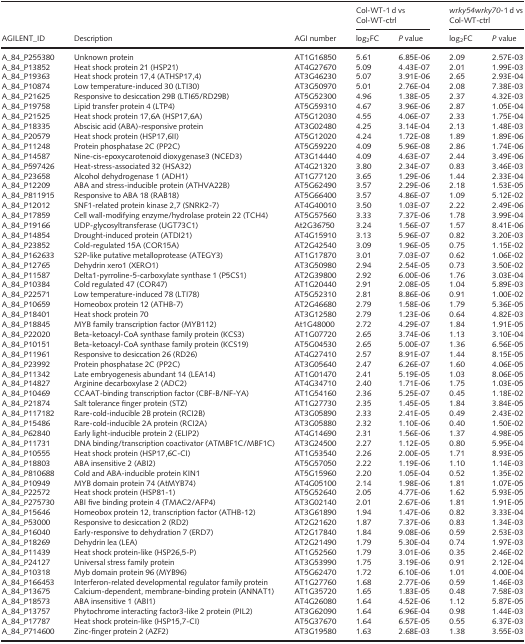
<table><thead><tr><td rowspan="2"><b>AGILENT_ID</b></td><td rowspan="2"><b>Description</b></td><td rowspan="2"><b>AGI number</b></td><td colspan="2"><b>Col-WT-1 d vs Col-WT-ctrl</b></td><td colspan="2"><b><i>wrky54wrky70</i>-1 d vs Col-WT-ctrl</b></td></tr><tr><td><b>log<sub>2</sub>FC</b></td><td><b><i>P</i> value</b></td><td><b>log<sub>2</sub>FC</b></td><td><b><i>P</i> value</b></td></tr></thead><tbody><tr><td>A_84_P255380</td><td>Unknown protein</td><td>AT1G16850</td><td>5.61</td><td>6.85E-06</td><td>2.09</td><td>2.57E-03</td></tr><tr><td>A_84_P13852</td><td>Heat shock protein 21 (HSP21)</td><td>AT4G27670</td><td>5.09</td><td>4.43E-07</td><td>2.01</td><td>1.99E-03</td></tr><tr><td>A_84_P19363</td><td>Heat shock protein 17,4 (ATHSP17,4)</td><td>AT3G46230</td><td>5.07</td><td>3.91E-06</td><td>2.65</td><td>2.93E-04</td></tr><tr><td>A_84_P10874</td><td>Low temperature-induced 30 (LTI30)</td><td>AT3G50970</td><td>5.01</td><td>2.76E-04</td><td>2.08</td><td>7.38E-03</td></tr><tr><td>A_84_P21625</td><td>Responsive to desiccation 29B (LTI65/RD29B)</td><td>AT5G52300</td><td>4.96</td><td>1.38E-05</td><td>2.37</td><td>4.32E-03</td></tr><tr><td>A_84_P19758</td><td>Lipid transfer protein 4 (LTP4)</td><td>AT5G59310</td><td>4.67</td><td>3.96E-06</td><td>2.87</td><td>1.05E-04</td></tr><tr><td>A_84_P21525</td><td>Heat shock protein 17,6A (HSP17,6A)</td><td>AT5G12030</td><td>4.55</td><td>4.06E-07</td><td>2.33</td><td>1.75E-04</td></tr><tr><td>A_84_P18335</td><td>Abscisic acid (ABA)-responsive protein</td><td>AT3G02480</td><td>4.25</td><td>3.14E-04</td><td>2.13</td><td>1.48E-03</td></tr><tr><td>A_84_P20579</td><td>Heat shock protein (HSP17,6II)</td><td>AT5G12020</td><td>4.24</td><td>1.72E-08</td><td>1.89</td><td>1.89E-06</td></tr><tr><td>A_84_P11248</td><td>Protein phosphatase 2C (PP2C)</td><td>AT5G59220</td><td>4.09</td><td>5.96E-08</td><td>2.86</td><td>1.74E-06</td></tr><tr><td>A_84_P14587</td><td>Nine-cis-epoxycarotenoid dioxygenase3 (NCED3)</td><td>AT3G14440</td><td>4.09</td><td>4.63E-07</td><td>2.44</td><td>3.49E-06</td></tr><tr><td>A_84_P597426</td><td>Heat-stress-associated 32 (HSA32)</td><td>AT4G21320</td><td>3.80</td><td>2.34E-07</td><td>0.83</td><td>3.46E-03</td></tr><tr><td>A_84_P23658</td><td>Alcohol dehydrogenase 1 (ADH1)</td><td>AT1G77120</td><td>3.65</td><td>1.29E-06</td><td>1.44</td><td>2.33E-04</td></tr><tr><td>A_84_P12209</td><td>ABA and stress-inducible protein (ATHVA22B)</td><td>AT5G62490</td><td>3.57</td><td>2.29E-06</td><td>2.18</td><td>1.53E-05</td></tr><tr><td>A_84_P811915</td><td>Responsive to ABA 18 (RAB18)</td><td>AT5G66400</td><td>3.57</td><td>4.86E-07</td><td>1.09</td><td>5.12E-02</td></tr><tr><td>A_84_P12012</td><td>SNF1-related protein kinase 2,7 (SNRK2-7)</td><td>AT4G40010</td><td>3.50</td><td>1.03E-07</td><td>2.22</td><td>2.49E-06</td></tr><tr><td>A_84_P17859</td><td>Cell wall-modifying enzyme/hydrolase protein 22 (TCH4)</td><td>AT5G57560</td><td>3.33</td><td>7.37E-06</td><td>1.78</td><td>3.99E-04</td></tr><tr><td>A_84_P19166</td><td>UDP-glycosyltransferase (UGT73C1)</td><td>At2G36750</td><td>3.24</td><td>1.56E-07</td><td>1.57</td><td>8.41E-06</td></tr><tr><td>A_84_P14854</td><td>Drought-induced protein (ATDI21)</td><td>AT4G15910</td><td>3.13</td><td>5.96E-07</td><td>0.82</td><td>3.20E-03</td></tr><tr><td>A_84_P23852</td><td>Cold-regulated 15A (COR15A)</td><td>AT2G42540</td><td>3.09</td><td>1.96E-05</td><td>0.75</td><td>1.15E-02</td></tr><tr><td>A_84_P162633</td><td>S2P-like putative metalloprotease (ATEGY3)</td><td>AT1G17870</td><td>3.01</td><td>7.03E-07</td><td>0.62</td><td>1.06E-02</td></tr><tr><td>A_84_P12765</td><td>Dehydrin xero1 (XERO1)</td><td>AT3G50980</td><td>2.94</td><td>2.54E-05</td><td>0.73</td><td>3.50E-02</td></tr><tr><td>A_84_P11587</td><td>Delta1-pyrroline-5-carboxylate synthase 1 (P5CS1)</td><td>AT2G39800</td><td>2.92</td><td>6.00E-06</td><td>1.76</td><td>3.03E-04</td></tr><tr><td>A_84_P10384</td><td>Cold regulated 47 (COR47)</td><td>AT1G20440</td><td>2.91</td><td>2.08E-05</td><td>1.04</td><td>5.89E-03</td></tr><tr><td>A_84_P22571</td><td>Low temperature-induced 78 (LTI78)</td><td>AT5G52310</td><td>2.81</td><td>8.86E-06</td><td>0.91</td><td>1.00E-02</td></tr><tr><td>A_84_P10659</td><td>Homeobox protein 12 (ATHB-7)</td><td>AT2G46680</td><td>2.79</td><td>1.58E-06</td><td>1.79</td><td>5.36E-05</td></tr><tr><td>A_84_P18401</td><td>Heat shock protein 70</td><td>AT3G12580</td><td>2.79</td><td>1.23E-06</td><td>0.64</td><td>4.82E-03</td></tr><tr><td>A_84_P18845</td><td>MYB family transcription factor (MYB112)</td><td>At1G48000</td><td>2.72</td><td>4.29E-07</td><td>1.84</td><td>1.91E-05</td></tr><tr><td>A_84_P22020</td><td>Beta-ketoacyl-CoA synthase family protein (KCS3)</td><td>AT1G07720</td><td>2.65</td><td>3.74E-06</td><td>1.13</td><td>3.10E-04</td></tr><tr><td>A_84_P10151</td><td>Beta-ketoacyl-CoA synthase family protein (KCS19)</td><td>AT5G04530</td><td>2.65</td><td>5.00E-07</td><td>1.36</td><td>6.56E-05</td></tr><tr><td>A_84_P11961</td><td>Responsive to desiccation 26 (RD26)</td><td>AT4G27410</td><td>2.57</td><td>8.91E-07</td><td>1.44</td><td>8.15E-05</td></tr><tr><td>A_84_P23992</td><td>Protein phosphatase 2C (PP2C)</td><td>AT3G05640</td><td>2.47</td><td>6.26E-07</td><td>1.60</td><td>4.06E-05</td></tr><tr><td>A_84_P11342</td><td>Late embryogenesis abundant 14 (LEA14)</td><td>AT1G01470</td><td>2.41</td><td>5.19E-05</td><td>1.03</td><td>8.06E-05</td></tr><tr><td>A_84_P14827</td><td>Arginine decarboxylase 2 (ADC2)</td><td>AT4G34710</td><td>2.40</td><td>1.71E-06</td><td>1.75</td><td>1.03E-05</td></tr><tr><td>A_84_P10469</td><td>CCAAT-binding transcription factor (CBF-B/NF-YA)</td><td>AT1G54160</td><td>2.36</td><td>5.25E-07</td><td>0.45</td><td>1.18E-02</td></tr><tr><td>A_84_P21874</td><td>Salt tolerance finger protein (STZ)</td><td>AT1G27730</td><td>2.35</td><td>1.45E-05</td><td>1.84</td><td>3.84E-05</td></tr><tr><td>A_84_P117182</td><td>Rare-cold-inducible 2B protein (RCI2B)</td><td>AT3G05890</td><td>2.33</td><td>2.41E-05</td><td>0.49</td><td>2.43E-02</td></tr><tr><td>A_84_P15486</td><td>Rare-cold-inducible 2A protein (RCI2A)</td><td>AT3G05880</td><td>2.32</td><td>1.10E-06</td><td>0.40</td><td>1.50E-02</td></tr><tr><td>A_84_P62840</td><td>Early light-inducible protein 2 (ELIP2)</td><td>AT4G14690</td><td>2.31</td><td>1.56E-06</td><td>1.37</td><td>4.98E-05</td></tr><tr><td>A_84_P11731</td><td>DNA binding/transcription coactivator (ATMBF1C/MBF1C)</td><td>AT3G24500</td><td>2.27</td><td>1.12E-05</td><td>0.80</td><td>5.95E-04</td></tr><tr><td>A_84_P10555</td><td>Heat shock protein (HSP17,6C-CI)</td><td>AT1G53540</td><td>2.26</td><td>2.00E-05</td><td>1.71</td><td>8.93E-05</td></tr><tr><td>A_84_P18803</td><td>ABA insensitive 2 (ABI2)</td><td>AT5G57050</td><td>2.22</td><td>1.19E-06</td><td>1.10</td><td>1.14E-03</td></tr><tr><td>A_84_P810688</td><td>Cold and ABA-inducible protein KIN1</td><td>AT5G15960</td><td>2.20</td><td>1.05E-04</td><td>0.52</td><td>1.35E-02</td></tr><tr><td>A_84_P10949</td><td>MYB domain protein 74 (AtMYB74)</td><td>AT4G05100</td><td>2.14</td><td>1.98E-06</td><td>1.81</td><td>1.07E-05</td></tr><tr><td>A_84_P22572</td><td>Heat shock protein (HSP81-1)</td><td>AT5G52640</td><td>2.05</td><td>4.77E-06</td><td>1.62</td><td>5.93E-05</td></tr><tr><td>A_84_P275730</td><td>ABI five binding protein 4 (TMAC2/AFP4)</td><td>AT3G02140</td><td>2.01</td><td>2.67E-06</td><td>1.81</td><td>1.91E-05</td></tr><tr><td>A_84_P15646</td><td>Homeobox protein 12, transcription factor (ATHB-12)</td><td>AT3G61890</td><td>1.94</td><td>1.47E-06</td><td>0.82</td><td>3.33E-04</td></tr><tr><td>A_84_P53000</td><td>Responsive to desiccation 2 (RD2)</td><td>AT2G21620</td><td>1.87</td><td>7.37E-06</td><td>0.83</td><td>1.34E-03</td></tr><tr><td>A_84_P16040</td><td>Early-responsive to dehydration 7 (ERD7)</td><td>AT2G17840</td><td>1.84</td><td>9.08E-06</td><td>0.59</td><td>2.53E-03</td></tr><tr><td>A_84_P18269</td><td>Dehydrin lea (LEA)</td><td>AT2G21490</td><td>1.79</td><td>5.30E-04</td><td>0.74</td><td>1.97E-03</td></tr><tr><td>A_84_P11439</td><td>Heat shock protein-like (HSP26,5-P)</td><td>AT1G52560</td><td>1.79</td><td>3.01E-06</td><td>0.35</td><td>2.46E-02</td></tr><tr><td>A_84_P24127</td><td>Universal stress family protein</td><td>AT3G53990</td><td>1.75</td><td>3.19E-06</td><td>0.91</td><td>2.12E-04</td></tr><tr><td>A_84_P10318</td><td>Myb domain protein 96 (MYB96)</td><td>AT5G62470</td><td>1.72</td><td>6.10E-06</td><td>1.01</td><td>4.00E-04</td></tr><tr><td>A_84_P166453</td><td>Interferon-related developmental regulator family protein</td><td>AT1G27760</td><td>1.68</td><td>2.77E-06</td><td>0.59</td><td>1.46E-03</td></tr><tr><td>A_84_P13675</td><td>Calcium-dependent, membrane-binding protein (ANNAT1)</td><td>AT1G35720</td><td>1.65</td><td>1.83E-05</td><td>0.48</td><td>7.58E-03</td></tr><tr><td>A_84_P18573</td><td>ABA insensitive 1 (ABI1)</td><td>AT4G26080</td><td>1.64</td><td>4.52E-06</td><td>1.12</td><td>5.87E-05</td></tr><tr><td>A_84_P13757</td><td>Phytochrome interacting factor3-like 2 protein (PIL2)</td><td>AT3G62090</td><td>1.64</td><td>6.96E-04</td><td>0.98</td><td>1.44E-03</td></tr><tr><td>A_84_P17787</td><td>Heat shock protein-like (HSP15,7-CI)</td><td>AT5G37670</td><td>1.64</td><td>6.57E-05</td><td>0.55</td><td>6.37E-03</td></tr><tr><td>A_84_P714600</td><td>Zinc-finger protein 2 (AZF2)</td><td>AT3G19580</td><td>1.63</td><td>2.68E-03</td><td>1.38</td><td>3.55E-03</td></tr></tbody></table>